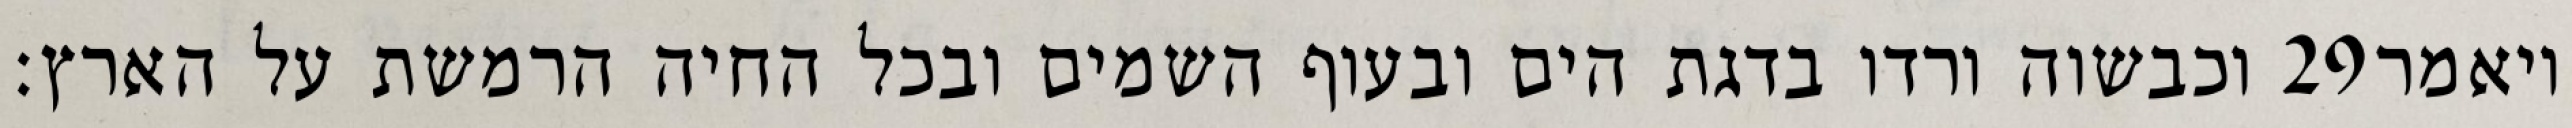
וכבשוה ורדו בדגת הים ובעוף השמים ובכל החיה הרמשת על הארץ׃ ‎29‏ ויאמר